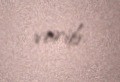
verib.